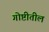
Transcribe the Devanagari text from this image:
गोष्टीतील